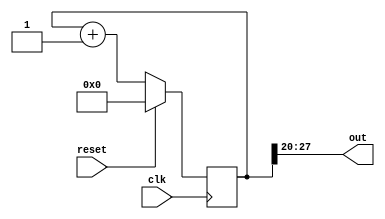
// This program was cloned from: https://github.com/johnwinans/Verilog-Examples
// License: GNU General Public License v3.0

module counter (
    input wire clk,
    input wire reset,
    output wire [7:0] out
    );

    reg [31:0] counter = 32'b0;

    //assign out = ~counter[28:21];
    assign out = counter[27:20];
    //assign out = counter[30:23];

    always @ (posedge clk) 
    begin
        if (reset)
            counter <= 0;
        else
            counter <= counter + 1;
    end

endmodule